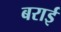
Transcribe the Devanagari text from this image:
बराई